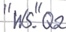
Text: "WS".Q2